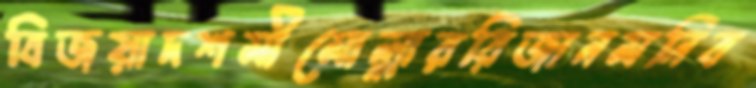
বিজয়াদশমীমোল্লাররিজানমনিব